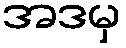
အဒမှ